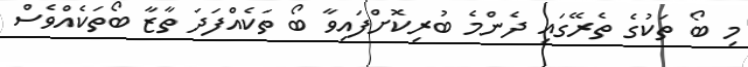
މި ބޯ ތަކުގެ ތެރޭގައި ދެންމެ ބުރިކޮށްފައިވާ ބޯ ތަކެއްފަދަ ތާޒާ ބޯތަކެއްވެސް